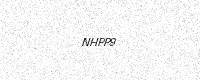
Text: NHPP9